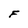
Character: F